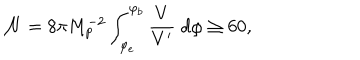
LaTeX: { \cal { N } } = 8 \pi M _ { p } ^ { - 2 } \int _ { \varphi _ { e } } ^ { \varphi _ { b } } \frac { V } { V ^ { \prime } } \; d \varphi \geq 6 0 ,